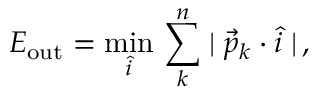
E _ { \mathrm { o u t } } = \operatorname * { m i n } _ { \hat { i } } \, \sum _ { k } ^ { n } \mid \vec { p } _ { k } \cdot { \hat { i } } \mid \, ,